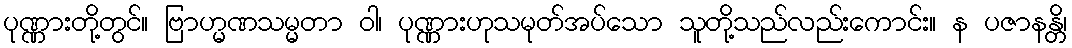
ပုဏ္ဏားတို့တွင်။ ဗြာဟ္မဏသမ္မတာ ဝါ၊ ပုဏ္ဏားဟုသမုတ်အပ်သော သူတို့သည်လည်းကောင်း။ န ပဇာနန္တိ၊